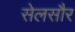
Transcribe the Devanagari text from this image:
सेलसौर